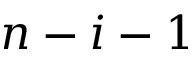
n - i - 1